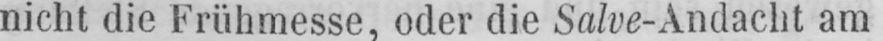
nicht die Frühmesse, oder die Salve-Andacht am